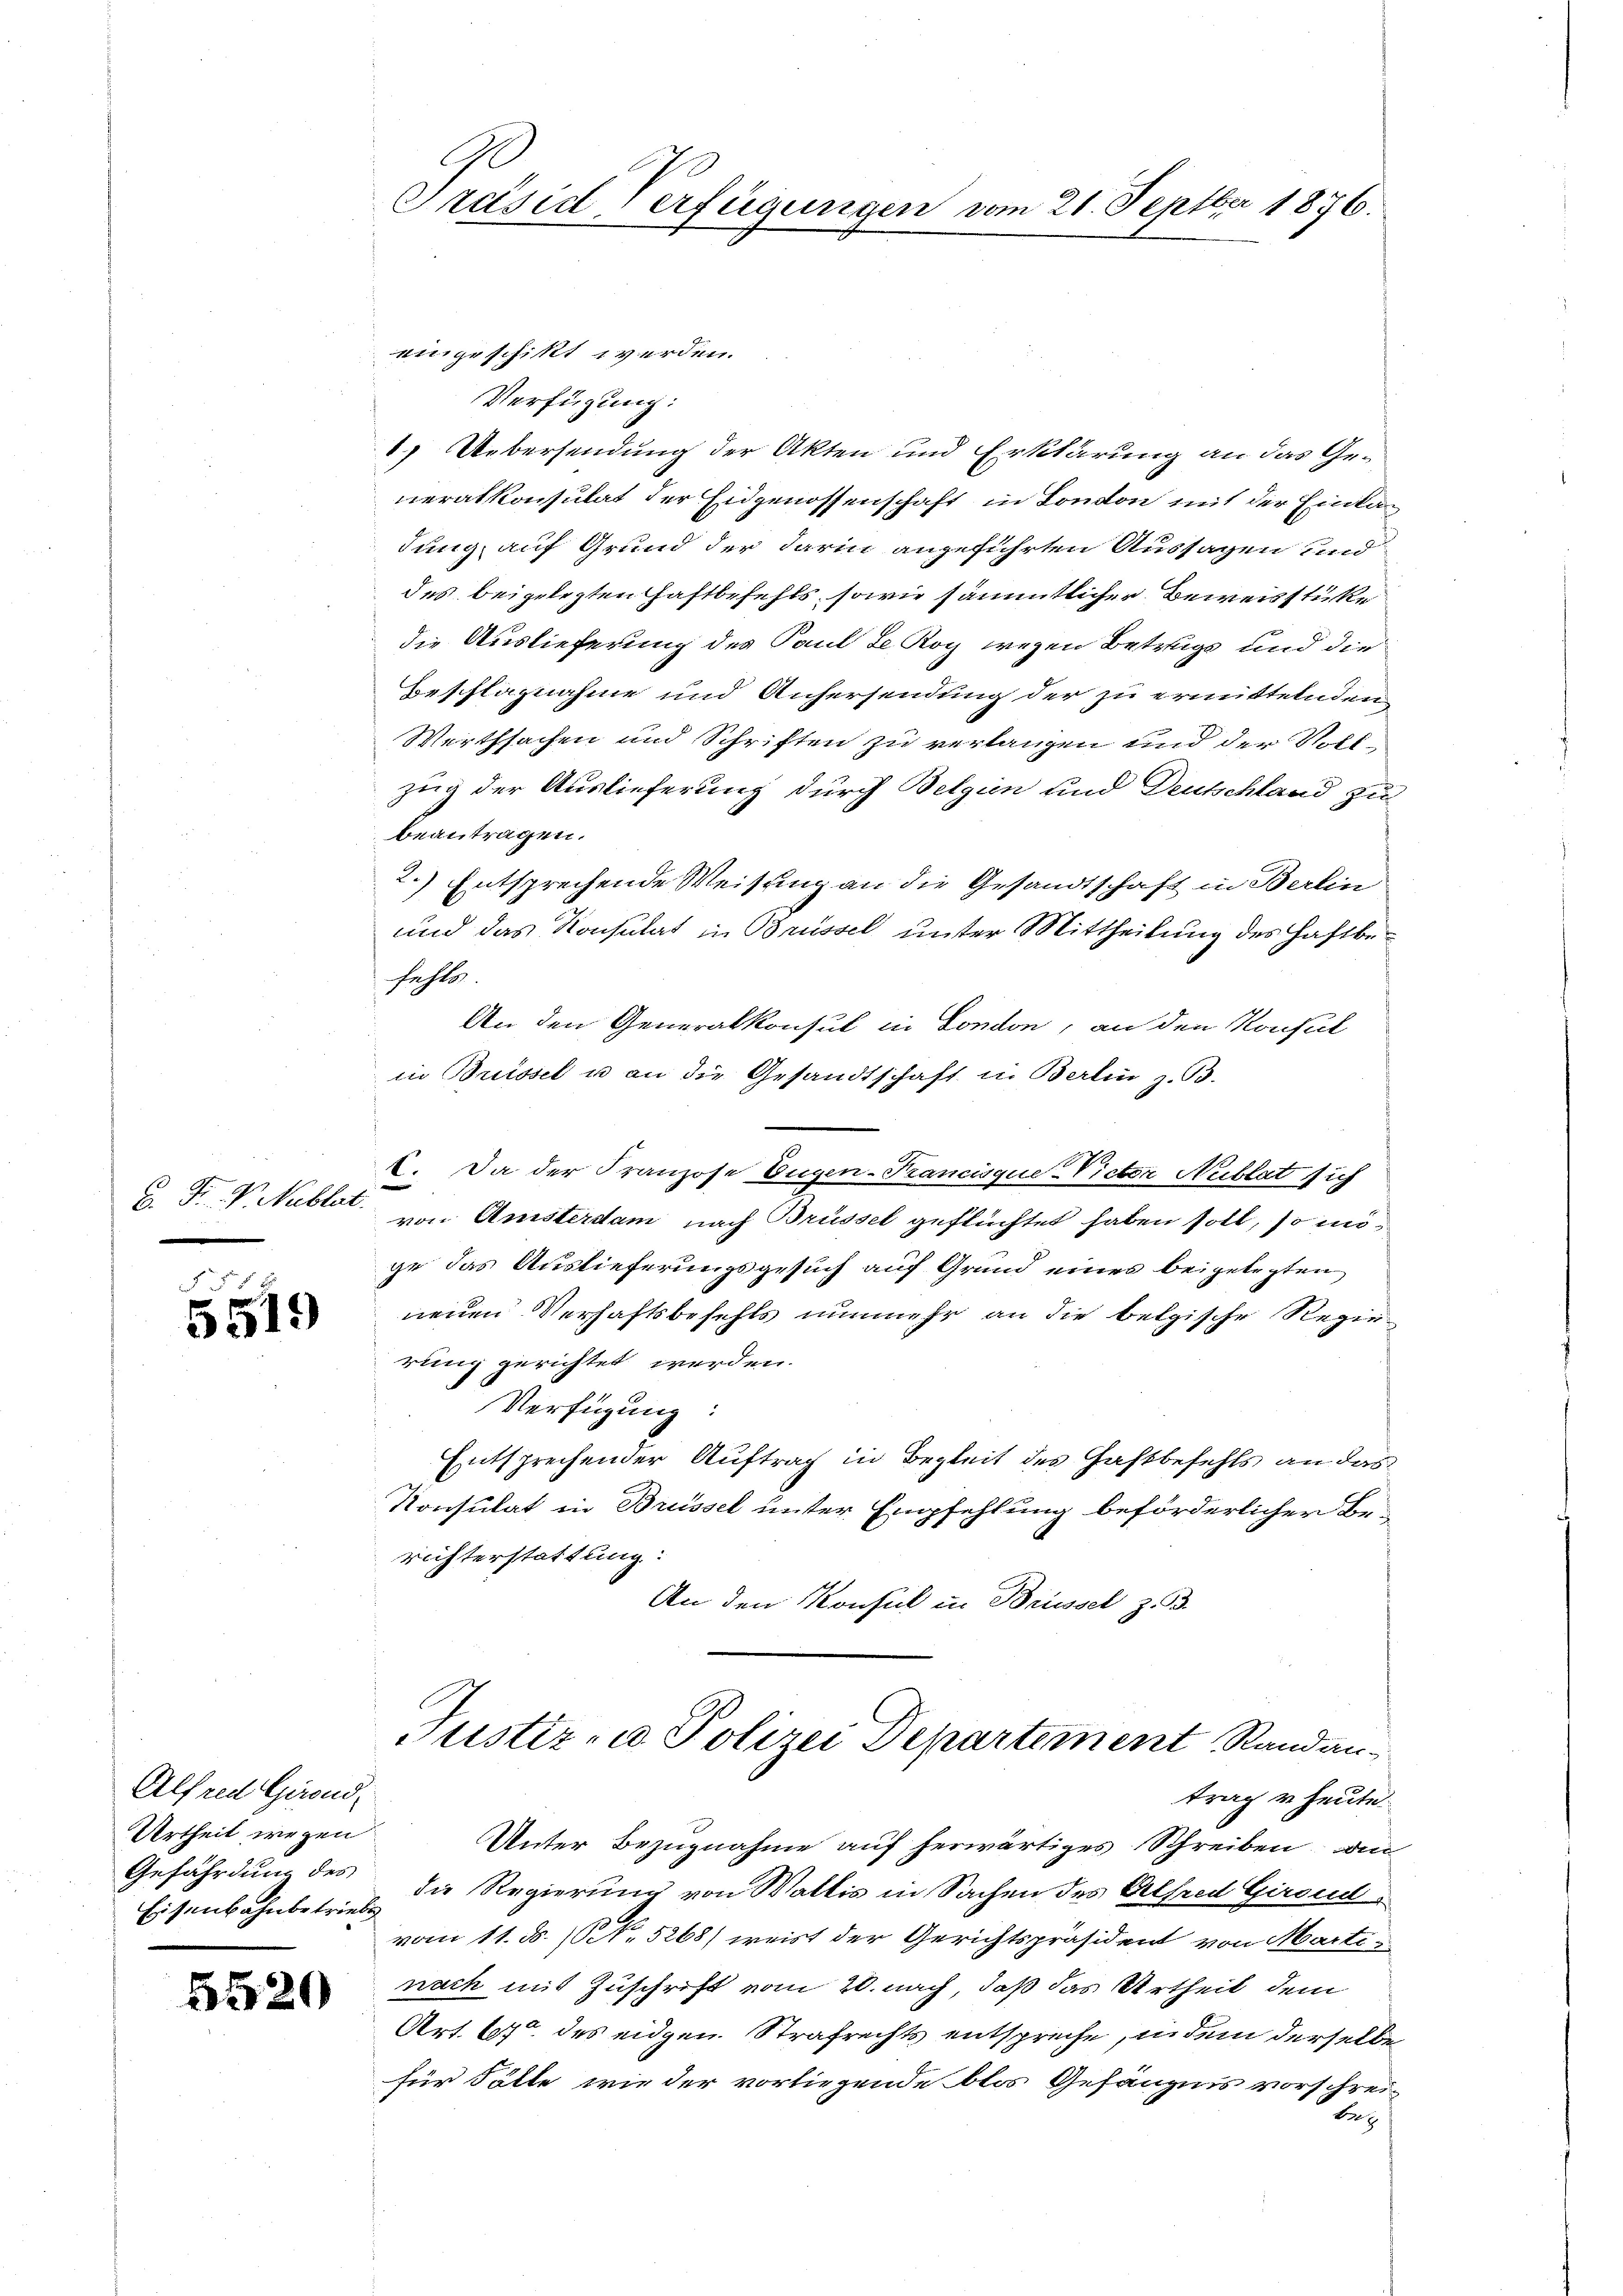
C. F. V. Nublat.

§ 55 x
5519

Alfred Girend,
Urtheil wegen
Gefährdung des
Eisenbahnbetriebs

5520

e
Präsid. Verfügungen vom 21. Septber 1876.

eingeschikt werden.
Verfügung:
1.) Uebersendung der Akten und Erklärung an das Ge-
neralkonsulat der Eidgenossenschaft in Condon mit der Eintan
dung auf Grund der darin angeführten Aussagen und
des beigelegten Haftbefehls, sowie sämmtlicher Beweisstücke
die Auslieferung des Paul de Kog wegen Betrugs und die
Beschlagnahme und Anhersendung der zu ermittelnden
Werthsachen und Schriften zu verlangen und der Vollzug der Auslieferung durch Belgien und Deutschland zu
beantragen.
2.) Entsprechende Weisung an die Gesandtschaft in Berlin
und das Konsulat in Brüssel unter Mittheilung des Haftbefahls
An den Generalkonsul in London, an den Konsul
in Brüssel u an die Gesandtschaft in Berlin z. B.
1. Da der Franzose Eugen-Krancisque-Victor Nublat sich
von Ansterdam nach Brüssel geflüchtet haben soll, so m
ge das Auslieferungsgesuch auf Grund eines beigelegten
neuen Verhaftsbefehls nunmehr an die belgische Regierung gerichtet werden.
Verfügung:
Entsprechender Auftrag in Begleit des Gastbefehls an das
Konsulat in Brüssel unter Empfehlung beförderlicher Be-
richterstattung:
An den Konsul in Brüssel z. B.

trag u. heute.
Unter Bezugnahme auf herwärtiges Schreiben, an
die Regierung von Wallis in Sachen des Alfred Girend
vom 11. d. 1. 5268) weist der Gerichtspräsident von Martinach mit Zuschrift vom 20. nach, daß das Urtheil dem
Art. 67 des eidgen. Strafrechts entspreche, indem derselbe
für Fälle wie der vorliegende blos Gefängnis vorschrei-
beg

Justiz- u Polizei Departement Randan¬